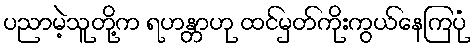
ပညာမဲ့သူတို့က ရဟန္တာဟု ထင်မှတ်ကိုးကွယ်နေကြပုံ